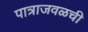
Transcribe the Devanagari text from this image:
पात्राजवळची